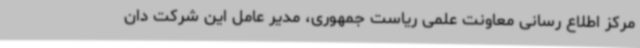
مرکز اطلاع رسانی معاونت علمی ریاست جمهوری، مدیر عامل این شرکت دان